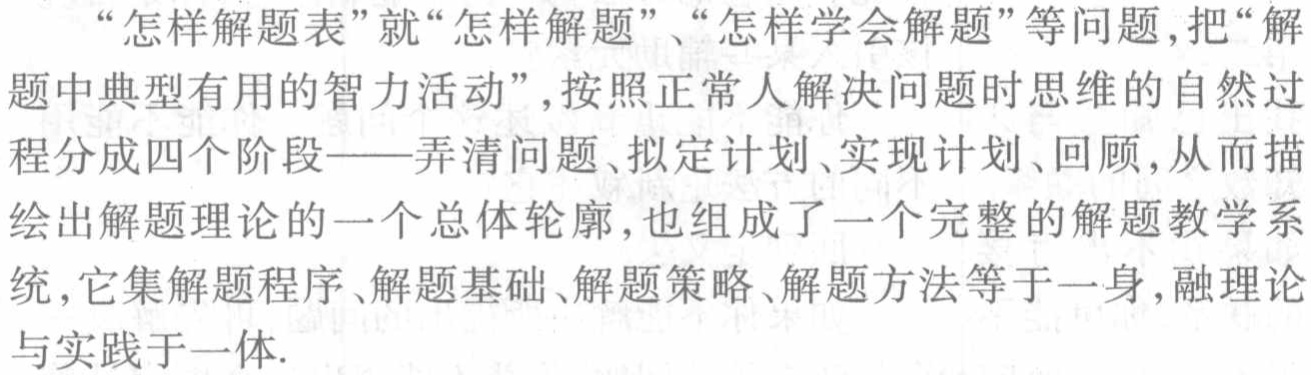
“怎样解题表”就“怎样解题”、“怎样学会解题”等问题,把“解题中典型有用的智力活动”,按照正常人解决问题时思维的自然过程分成四个阶段——弄清问题、拟定计划、实现计划、回顾,从而描绘出解题理论的一个总体轮廓,也组成了一个完整的解题教学系统,它集解题程序、解题基础、解题策略、解题方法等于一身,融理论与实践于一体.